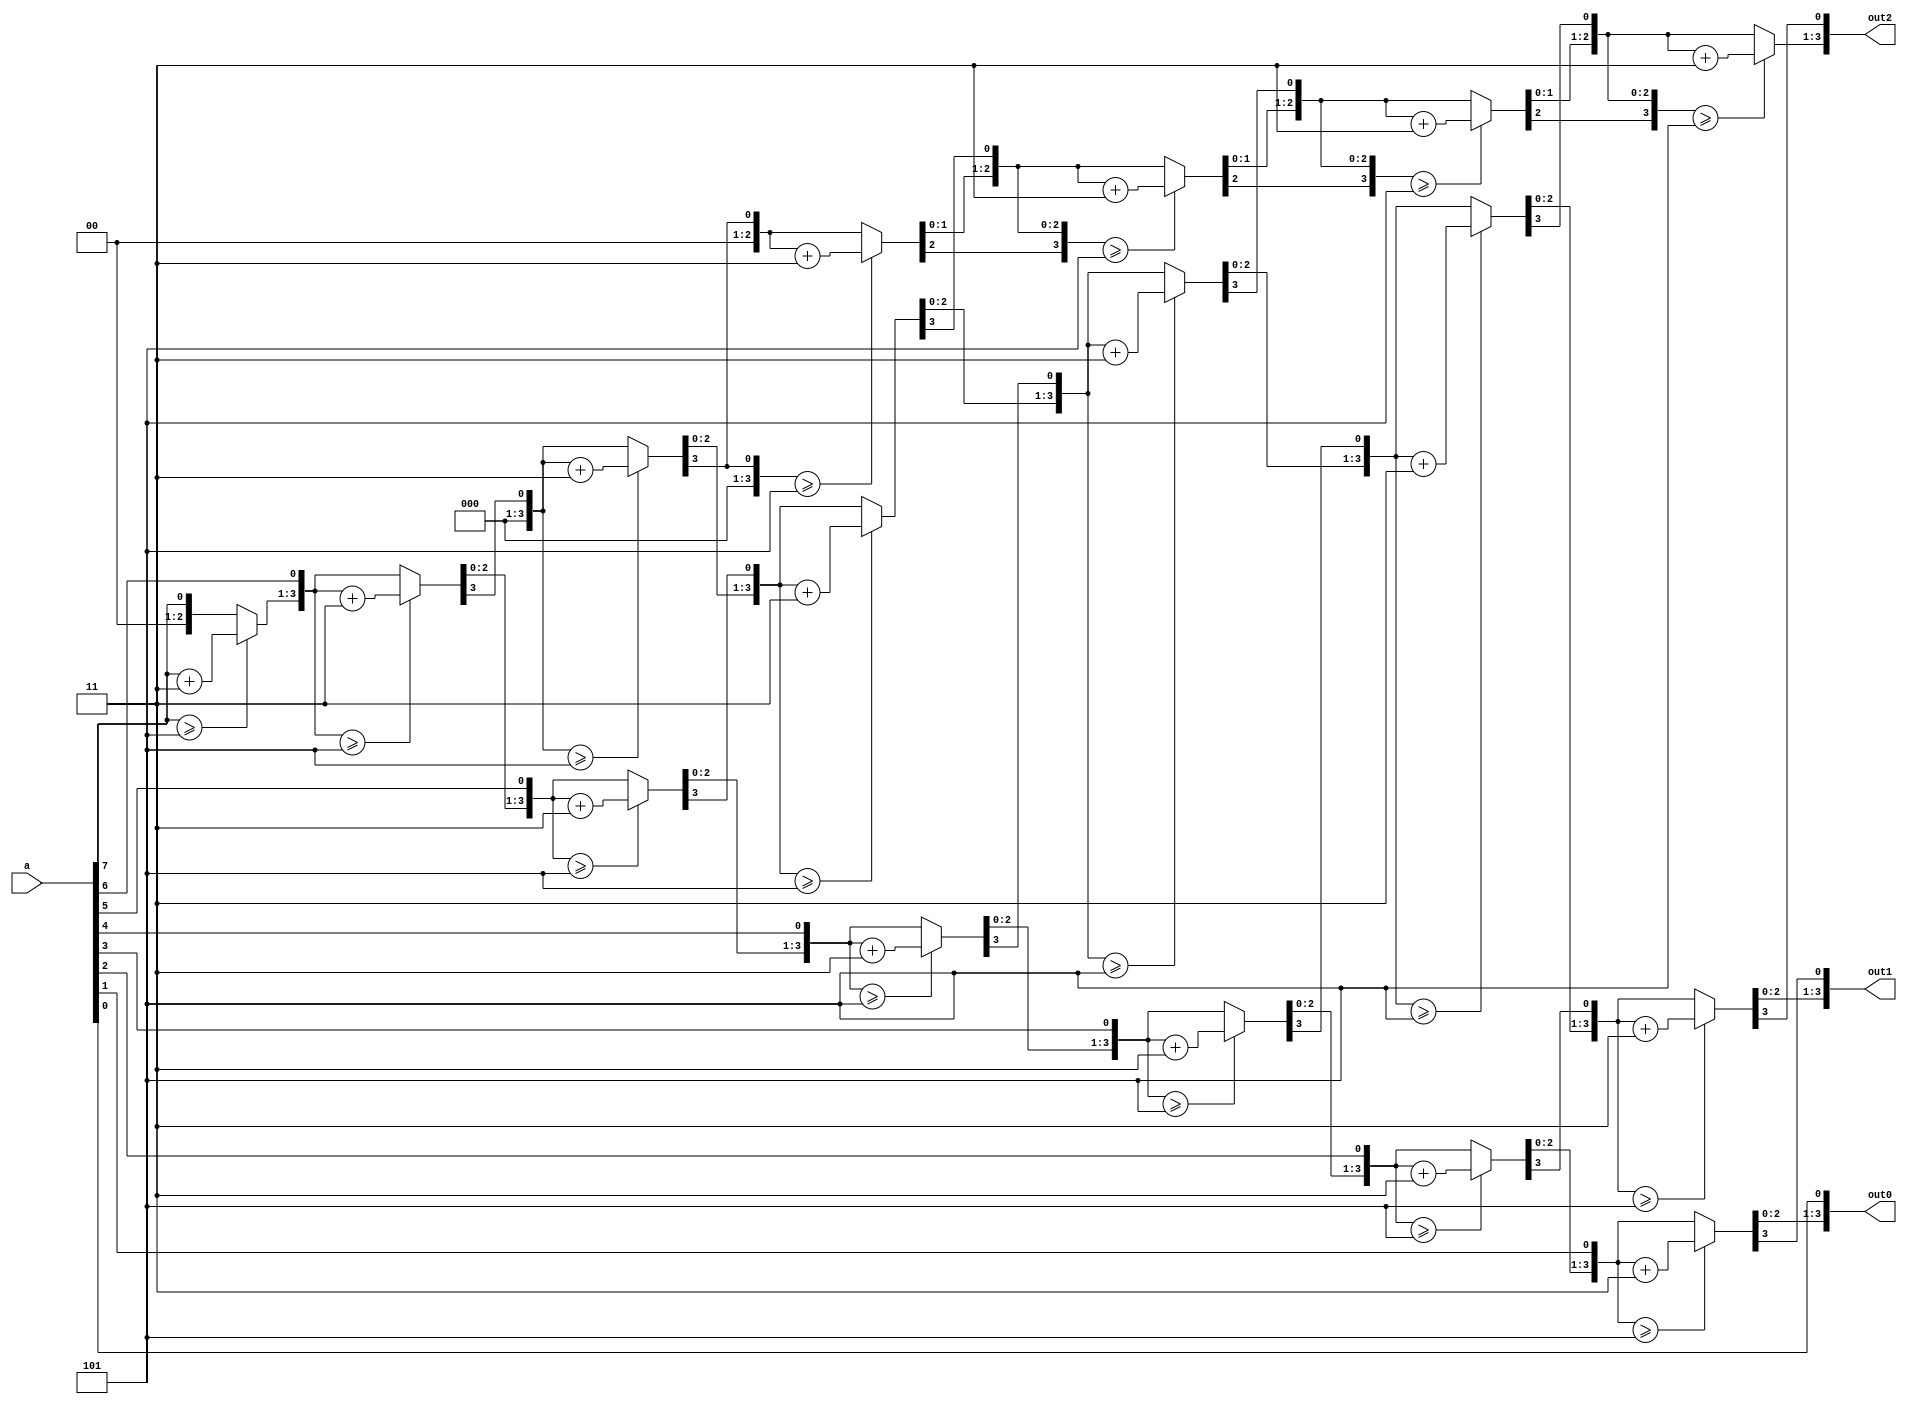
/*
   This file was generated automatically by the Mojo IDE version B1.3.6.
   Do not edit this file directly. Instead edit the original Lucid source.
   This is a temporary file and any changes made to it will be destroyed.
*/

module decimal32_4 (
    input [7:0] a,
    output reg [3:0] out0,
    output reg [3:0] out1,
    output reg [3:0] out2
  );
  
  
  
  integer i;
  
  reg [3:0] ones;
  
  reg [3:0] hundreds;
  
  reg [3:0] tens;
  
  reg [7:0] shift;
  
  always @* begin
    ones = 1'h0;
    tens = 1'h0;
    hundreds = 1'h0;
    shift = a;
    for (i = 1'h0; i < 4'h8; i = i + 1) begin
      if (ones >= 3'h5) begin
        ones = ones + 2'h3;
      end
      if (tens >= 3'h5) begin
        tens = tens + 2'h3;
      end
      if (hundreds >= 3'h5) begin
        hundreds = hundreds + 2'h3;
      end
      hundreds = hundreds << 1'h1;
      hundreds[0+0-:1] = tens[3+0-:1];
      tens = tens << 1'h1;
      tens[0+0-:1] = ones[3+0-:1];
      ones = ones << 1'h1;
      ones[0+0-:1] = shift[7+0-:1];
      shift = shift << 1'h1;
    end
    out2 = hundreds;
    out1 = tens;
    out0 = ones;
  end
endmodule